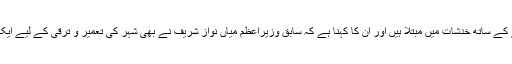
تاہم شہر کے رہائشی جشن منانے کے ساتھ خدشات میں مبتلا ہیں اور ان کا کہنا ہے کہ سابق وزیراعظم میاں نواز شریف نے بھی شہر کی تعمیر و ترقی کے لیے ایک ارب ڈالر دینے کا اعلان کیا تھا۔